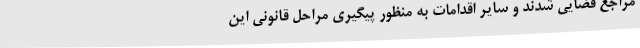
مراجع قضایی شدند و سایر اقدامات به منظور پیگیری مراحل قانونی این